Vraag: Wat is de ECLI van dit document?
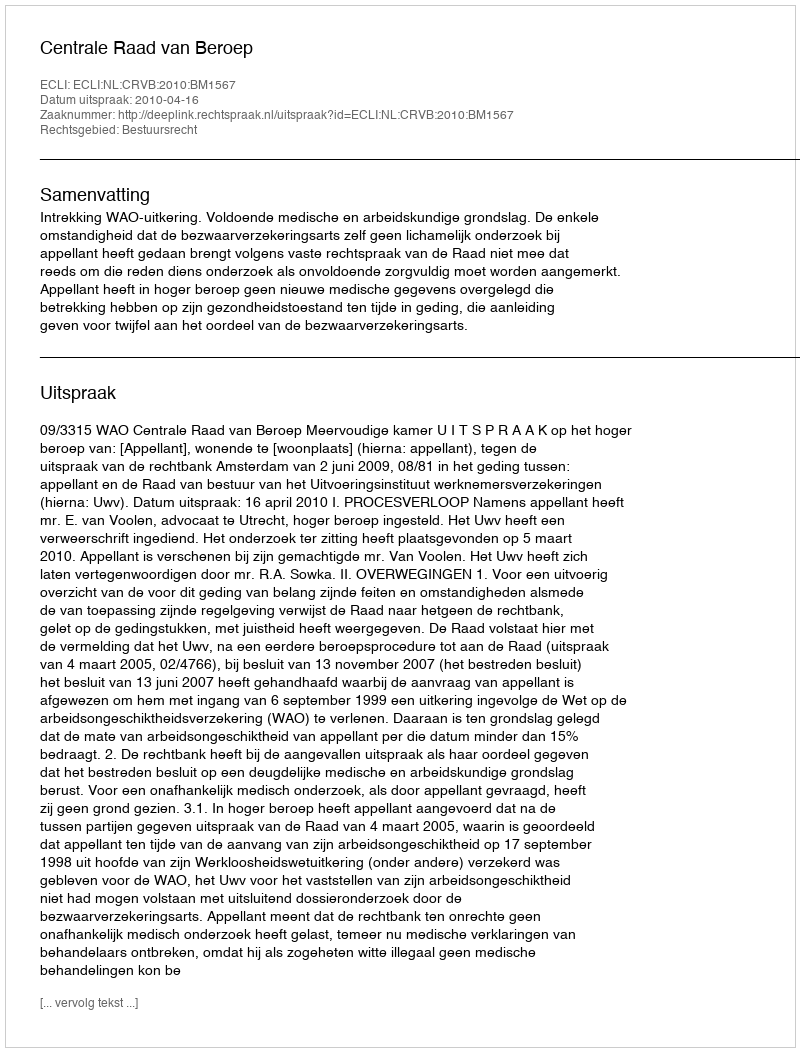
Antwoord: ECLI:NL:CRVB:2010:BM1567